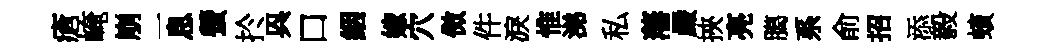
瘡崦崩一息螢扵㒷口絪嫁穴傚件淚惟涕私藩嚴挾亮臈系俞招添毅蠙